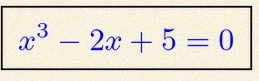
x^3-2x+5=0